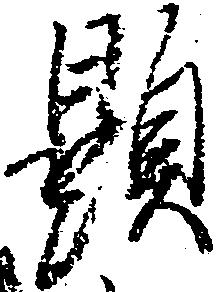
顕